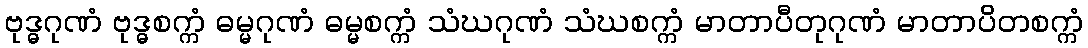
ဗုဒ္ဓဂုဏံ ဗုဒ္ဓစက္ကံ ဓမ္မဂုဏံ ဓမ္မစက္ကံ သံဃဂုဏံ သံဃစက္ကံ မာတာပီတုဂုဏံ မာတာပိတစက္ကံ